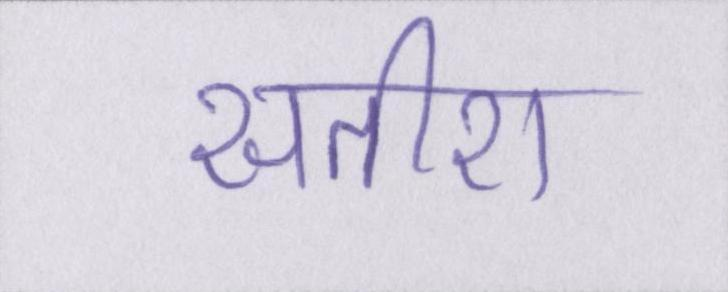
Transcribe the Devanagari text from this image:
सतीश